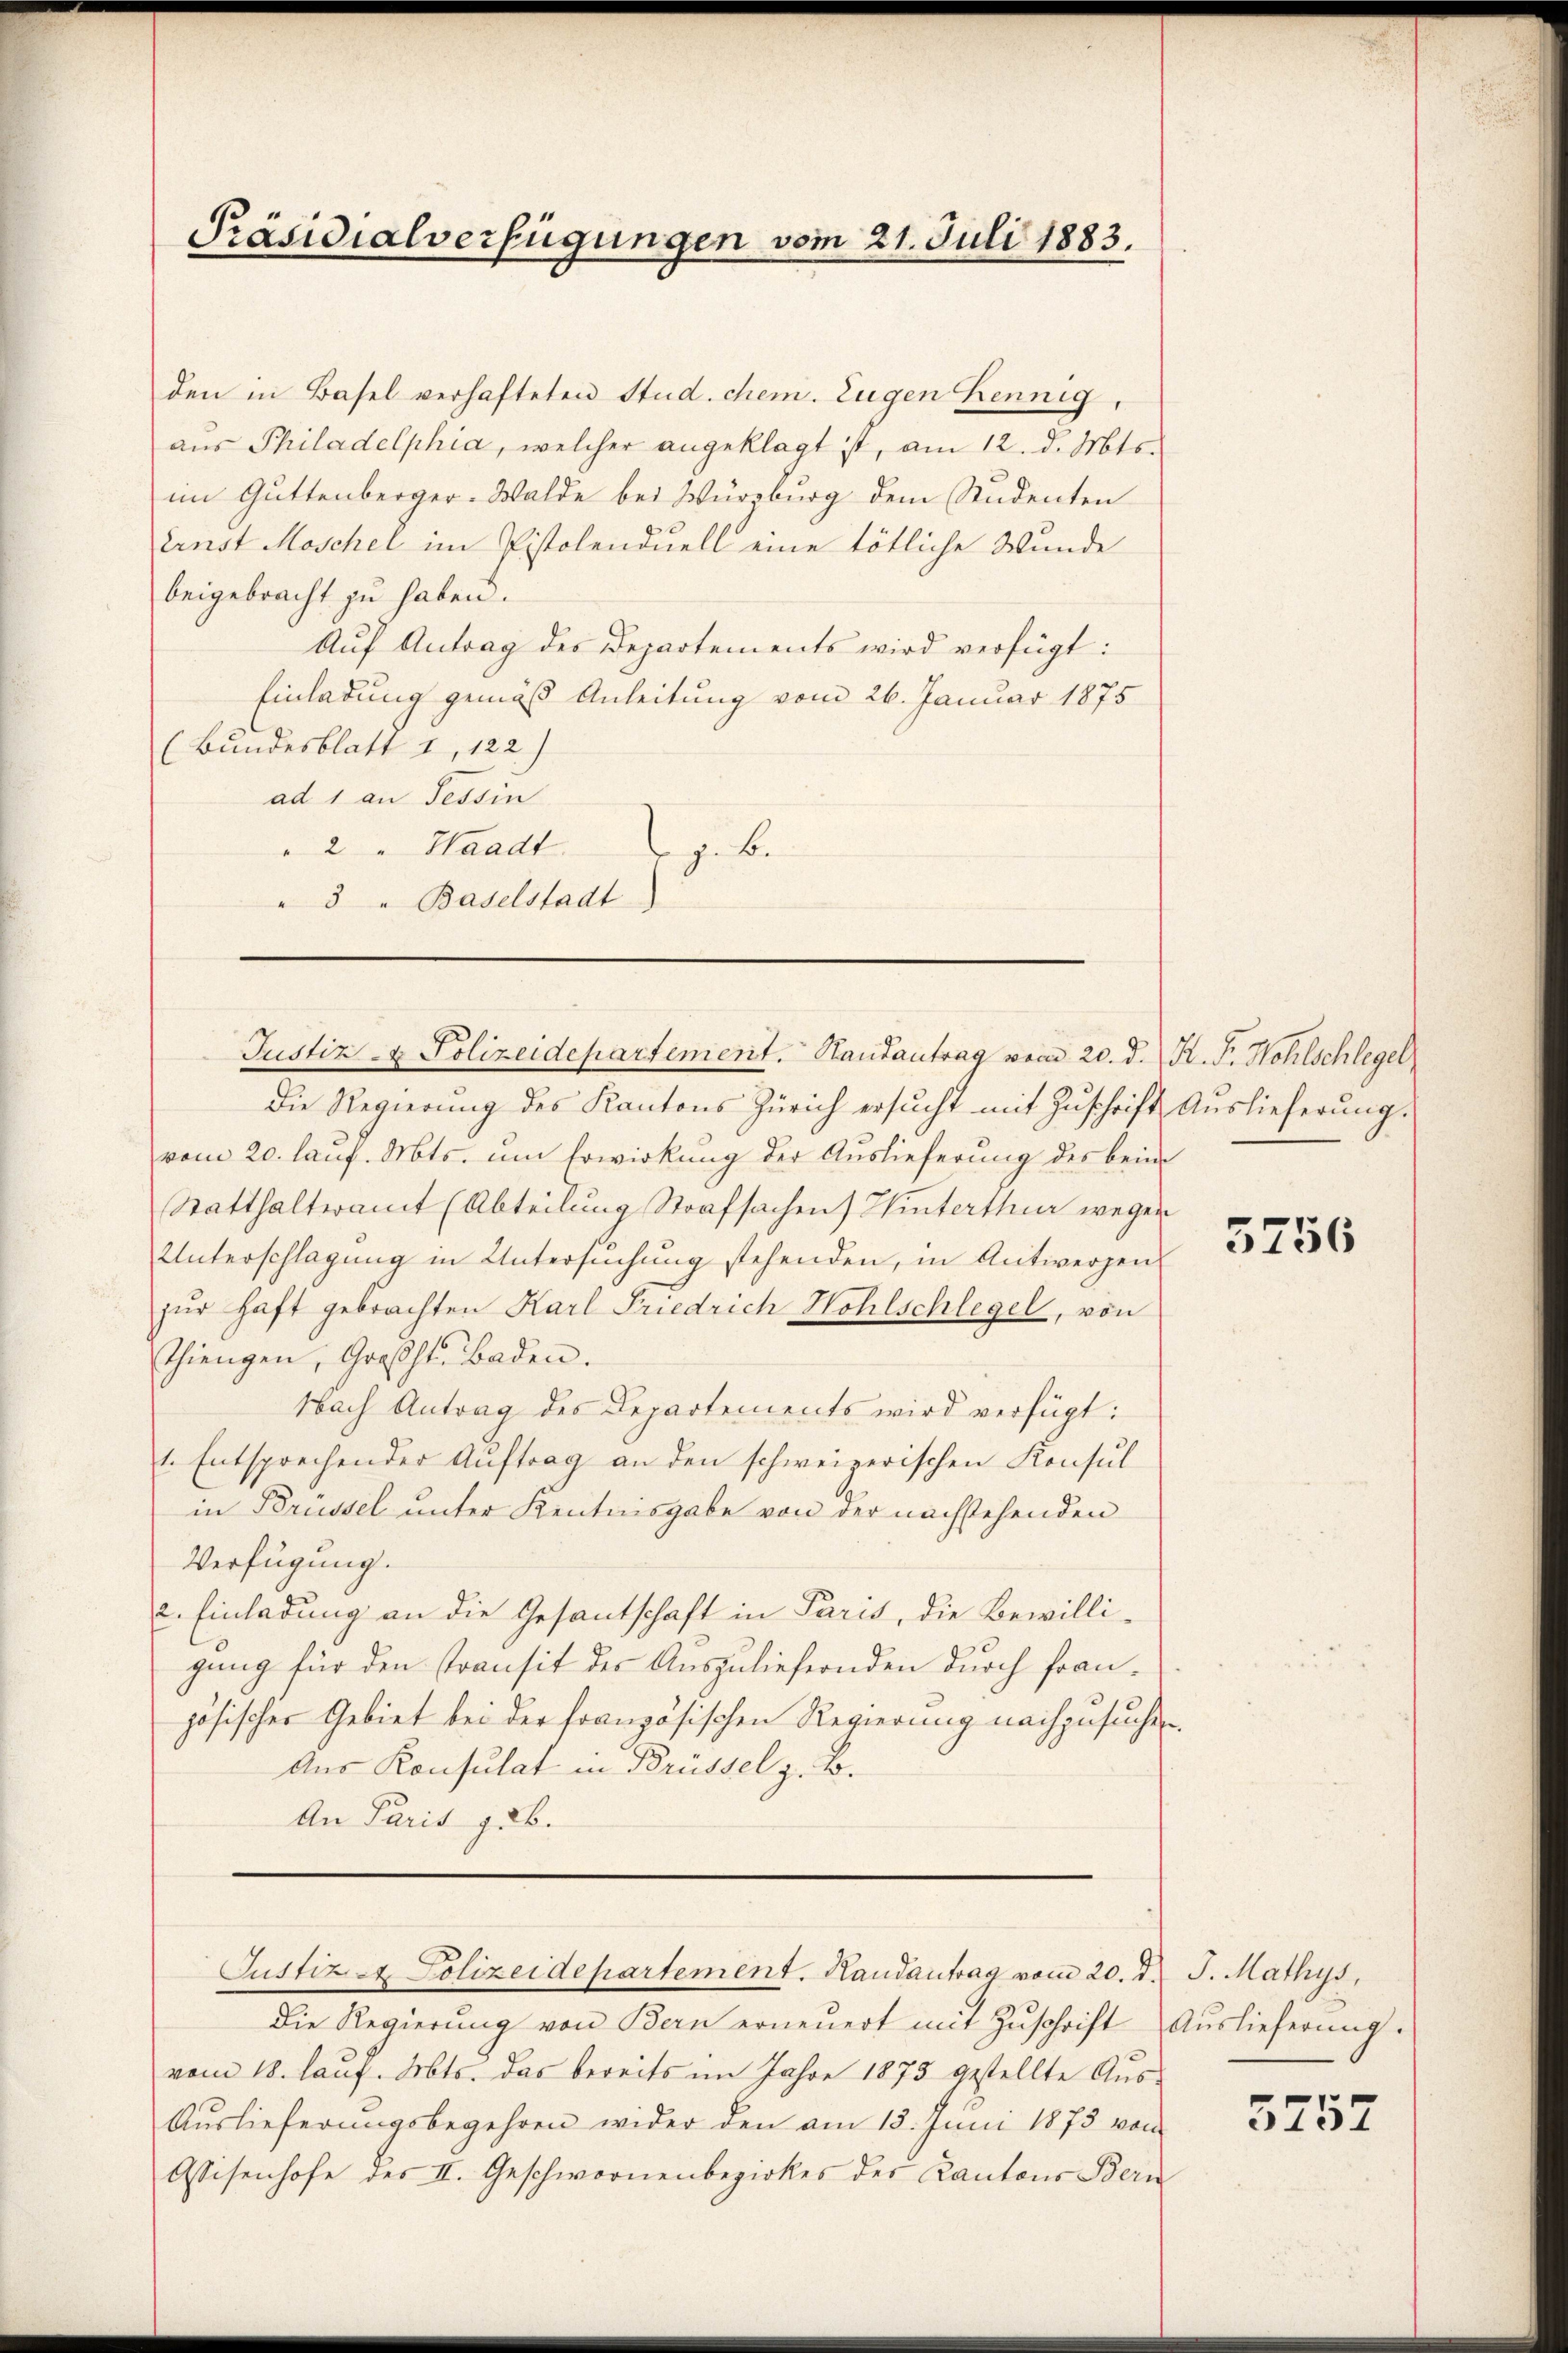
den in Basel verhafteten Stud. chem. Eugen Bennig,
aus Philadelphia, welcher angeklagt ist, am 12. d. Mts.
im Guttenberger-Walde bei Würzburg dem Studenten
Ernst Moschel im Pistolenduell eine tötliche Wunde
beigebracht zu haben.
Auf Antrag des Departements wird verfügt:
Einladung gemäß Anleitung vom 26. Januar 1875
(Bundesblatt I, 122)
ad 1 an Tessin
" 2 " Waadt.
z. B.
"3 " Baselstadt)

Präsidialverfügungen vom 21. Juli 1883.

Justiz- & Polizeidepartement. Hautantrag vom 20. d. R. F. Hohlschlegel

Justiz & Polizeidepartement. Handantrag vom 20. d. J. Mathys,

Die Regierŭng des Kantons Zürich ersŭcht mit Zŭschrift Auslieferŭng.
vom 20. lauf. Mts. um Erwirkung der Auslieferung des beim
Statthalteramt (Abteilung Strafsachen Winterthur wegen
Unterschlagung in Untersuchung stehenden, in Antwerpen
zŭr haft gebrachten Karl Friedrich Wohlschlegel, von
Thiengen, Großh. Baden.
Nach Antrag des Departements wird verfügt:
1. Entsprechender Auftrag an den schweizerischen Konsul
in Brüssel unter Kentnisgabe von der nachstehenden
Verfügung.
c. Einladung an die Gesantschaft in Paris, die Bewilligung für den Transit der Auszuliefernden durch französischer Gebiet bei der französischen Regierung nachzusuchen
Aus Konsulat in Brüssel z. B.
An Paris 126.

Die Regierŭng von Bern erneŭert mit Zŭschrift Auslieferŭng.
vom 18. lauf. Mts. das bereits im Jahre 1873 gestellte Aus¬
Auslieferungsbegehren wider den am 13. Juni 1873 vom
Assisenhofe des II. Geschwornenbezirkes der Cantons Beri

5756

5757